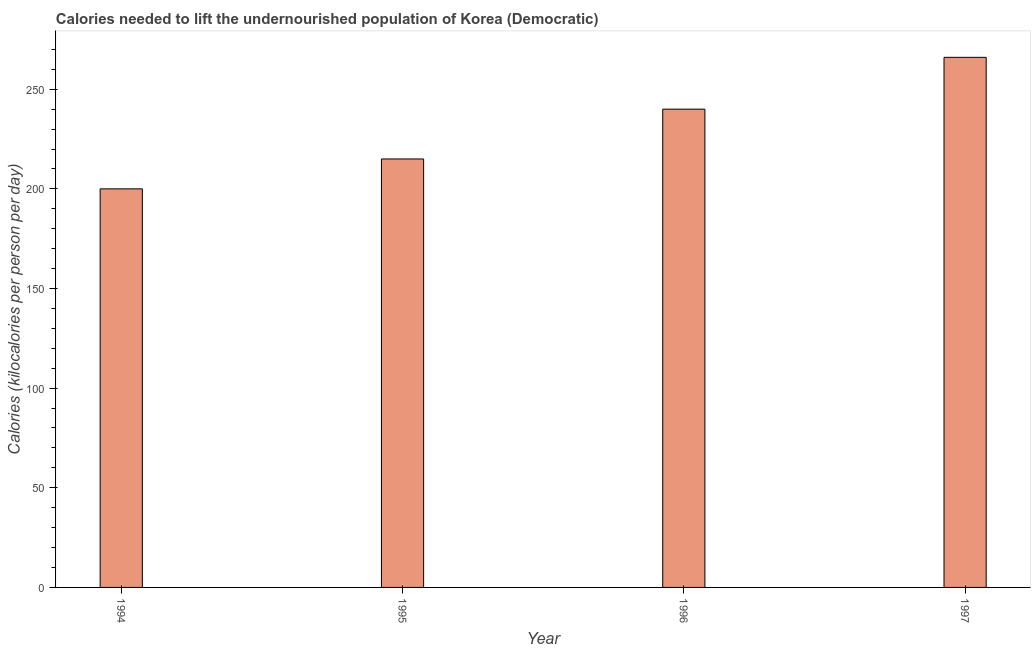
| Year | Depth of the food deficit |
 | --- | --- |
 | 1994 | 200 |
 | 1995 | 215 |
 | 1996 | 240 |
 | 1997 | 266 |